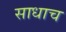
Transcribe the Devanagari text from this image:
साधाच